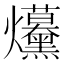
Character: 𤓦